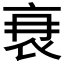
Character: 𮕫